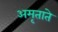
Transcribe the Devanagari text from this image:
अमृताते